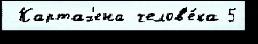
 Картах'ена челов'е́ка 5